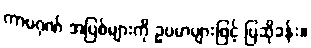
ကာမဂုဏ် အပြစ်များကို ဥပမာများဖြင့် ပြဆိုခန်း။